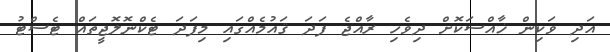
އަދި ވަކިން ޚާއްސަކޮށް ދިވެހި ރާއްޖެ ފަދަ ޤައުމެއްގައި މިފަދަ ޓެކްނޮލޮޖީތައް ޓެސްޓު